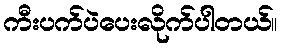
ကီးပက်ပဲပေးလိုက်ပါတယ်။